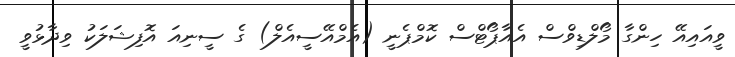
ވީއައިއޭ ހިންގާ މޯލްޑިވްސް އެއާޕޯޓްސް ކޮމްޕެނީ (އެމްއޭސީއެލް) ގެ ސީނިއަ އޮފިޝަލަކު ވިދާޅުވީ